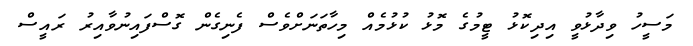
މަސީހު ވިދާޅުވީ އިދިކޮޅު ޓީމުގެ މޮޅު ކުޅުމެއް މިހާތަނަށްވެސް ފެނިގެން ގޮސްފައިނުވާއިރު ރައީސް